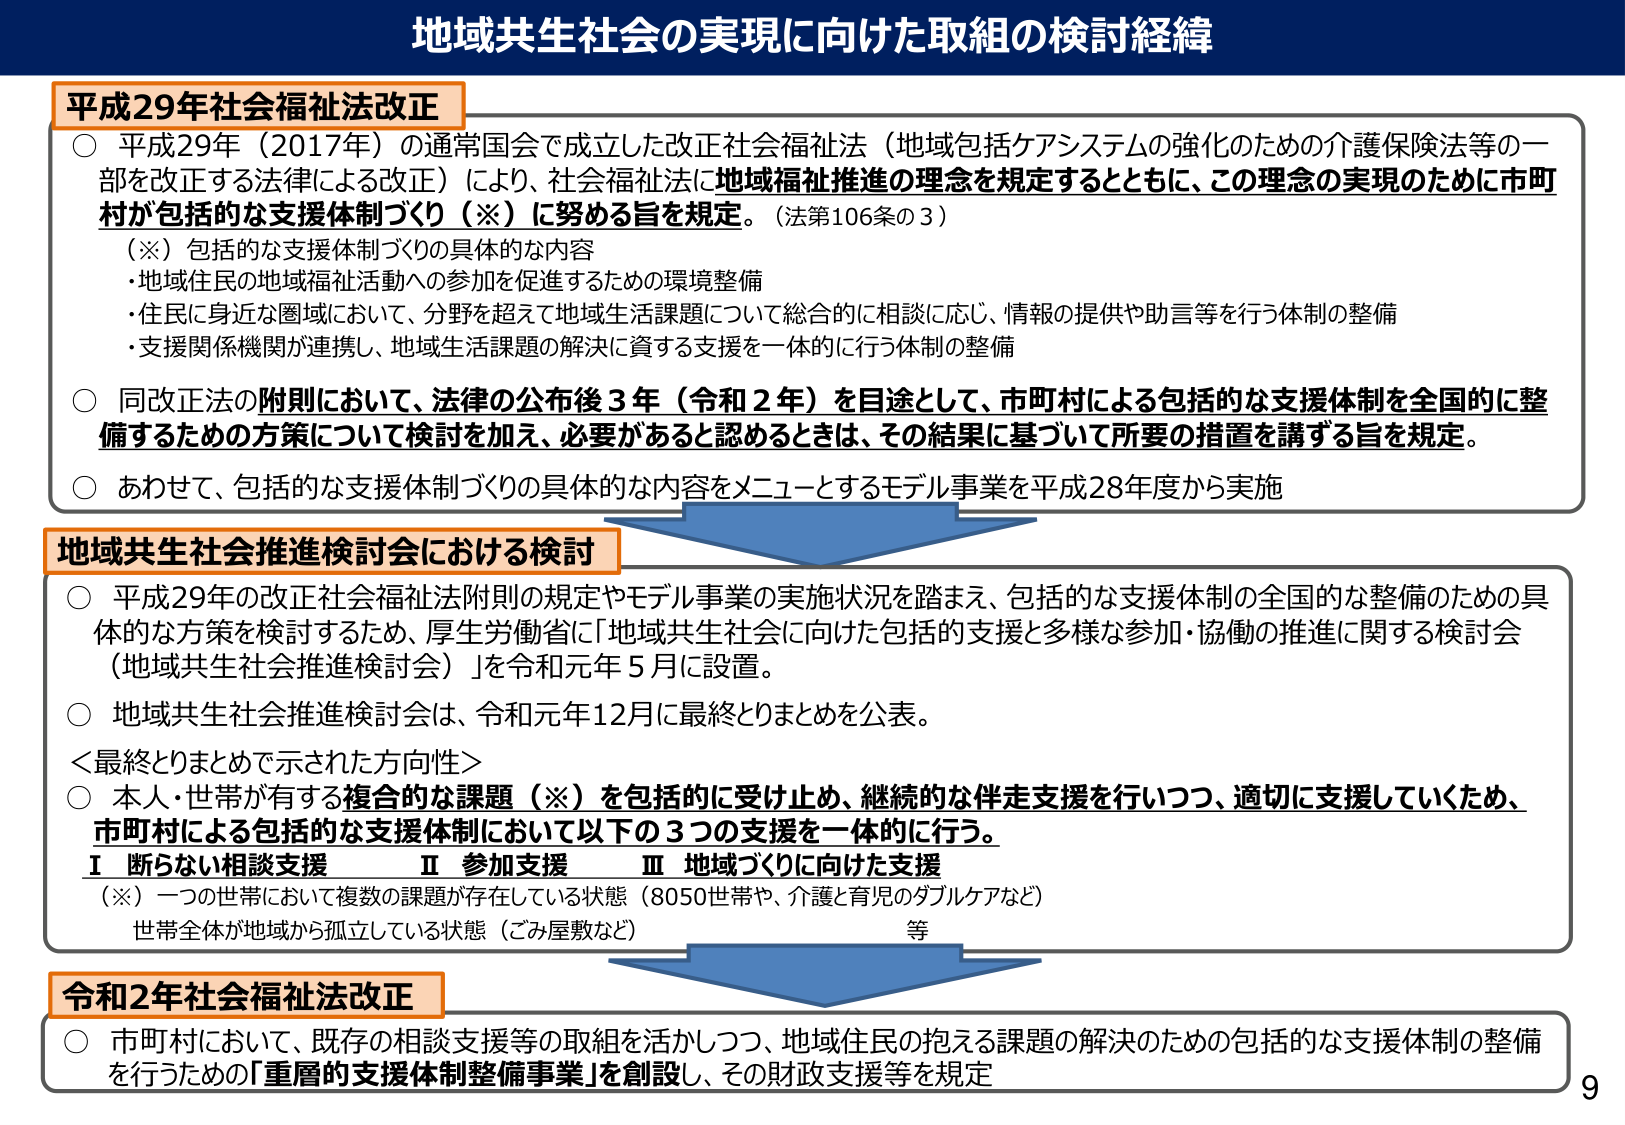
地域共生社会の実現に向けた取組の検討経緯

平成29年社会福祉法改正
○ 平成29年（2017年）の通常国会で成立した改正社会福祉法（地域包括ケアシステムの強化のための介護保険法等の一部を改正する法律による改正）により、社会福祉法に地域福祉推進の理念を規定するとともに、この理念の実現のために市町村が包括的な支援体制づくり（※）に努める旨を規定。（法第106条の3）
（※）包括的な支援体制づくりの具体的な内容
・地域住民の地域福祉活動への参加を促進するための環境整備
・住民に身近な圏域において、分野を超えて地域生活課題について総合的に相談に応じ、情報の提供や助言等を行う体制の整備
・支援関係機関が連携し、地域生活課題の解決に資する支援を一体的に行う体制の整備
○ 同改正法の附則において、法律の公布後3年（令和2年）を目途として、市町村による包括的な支援体制を全国的に整備するための方策について検討を加え、必要があると認めるときは、その結果に基づいて所要の措置を講ずる旨を規定。
○ あわせて、包括的な支援体制づくりの具体的な内容をメニューとするモデル事業を平成28年度から実施

地域共生社会推進検討会における検討
○ 平成29年の改正社会福祉法附則の規定やモデル事業の実施状況を踏まえ、包括的な支援体制の全国的な整備のための具体的な方策を検討するため、厚生労働省に「地域共生社会に向けた包括的支援と多様な参加・協働の推進に関する検討会（地域共生社会推進検討会）」を令和元年5月に設置。
○ 地域共生社会推進検討会は、令和元年12月に最終とりまとめを公表。
＜最終とりまとめで示された方向性＞
○ 本人・世帯が有する複合的な課題（※）を包括的に受け止め、継続的な伴走支援を行いつつ、適切に支援していくため、市町村による包括的な支援体制において以下の3つの支援を一体的に行う。
Ⅰ 断らない相談支援　Ⅱ 参加支援　Ⅲ 地域づくりに向けた支援
（※）一つの世帯において複数の課題が存在している状態（8050世帯や、介護と育児のダブルケアなど）
世帯全体が地域から孤立している状態（ごみ屋敷など）　等

令和2年社会福祉法改正
○ 市町村において、既存の相談支援等の取組を活かしつつ、地域住民の抱える課題の解決のための包括的な支援体制の整備を行うための「重層的支援体制整備事業」を創設し、その財政支援等を規定

9